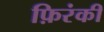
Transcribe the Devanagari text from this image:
फ़िरंकी